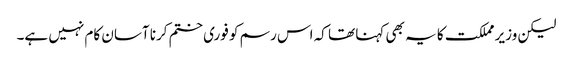
لیکن وزیر مملکت کا یہ بھی کہنا تھا کہ اس رسم کو فوری ختم کرنا آسان کام نہیں ہے۔